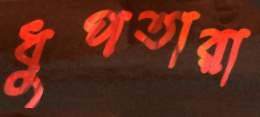
ধুপতারা